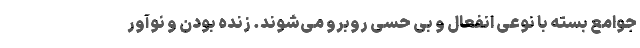
جوامع بسته با نوعی انفعال و بی ­حسی روبرو می­شوند. زنده بودن و نوآور